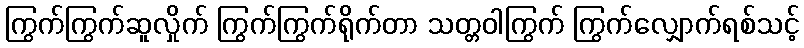
ကြွက်ကြွက်ဆူလှိုက် ကြွက်ကြွက်ရိုက်တာ သတ္တဝါကြွက် ကြွက်လျှောက်ရစ်သင့်